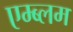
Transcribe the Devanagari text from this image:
एम्ब्लम